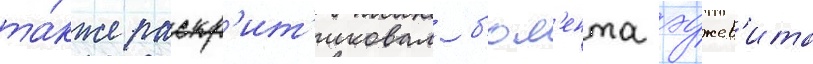
та́кже раскр'ит'иковал б'юл'ента эджев'ита